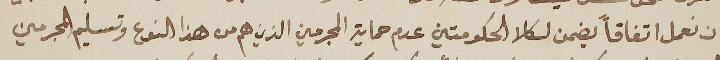
ان نعمل اتفاقاً يضمن لكلا الحكومتين عدم حماية المجرمين الذين هم من هذا النوع وتسليم المجرمين